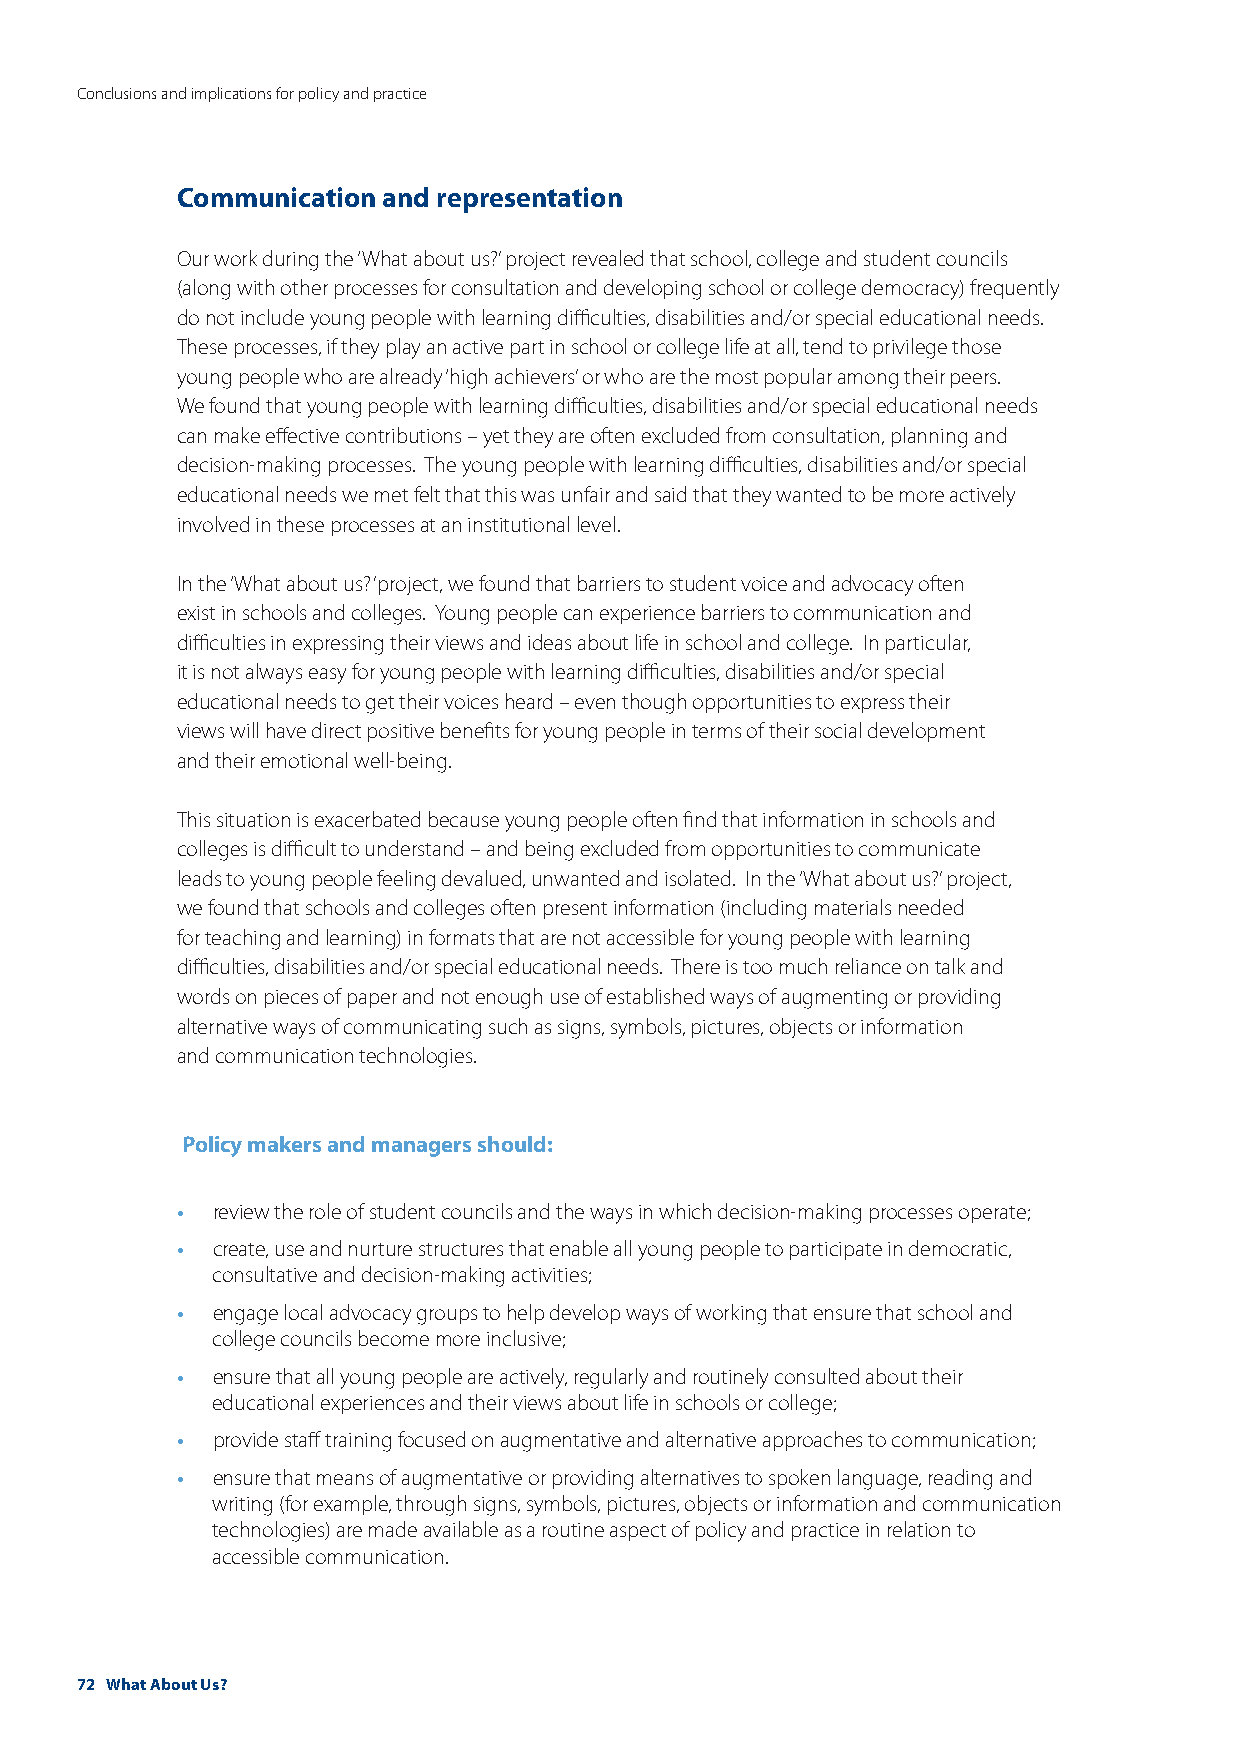
Conclusions and implications for policy and practice
 Communication and representation
 Our work during the ‘What about us?’ project revealed that school, college and student councils
 (along with other processes for consultation and developing school or college democracy) frequently
 do not include young people with learning difficulties, disabilities and/or special educational needs.
 These processes, if they play an active part in school or college life at all, tend to privilege those
 young people who are already ‘high achievers’ or who are the most popular among their peers.
 We found that young people with learning difficulties, disabilities and/or special educational needs
 can make effective contributions – yet they are often excluded from consultation, planning and
 decision-making processes. The young people with learning difficulties, disabilities and/or special
 educational needs we met felt that this was unfair and said that they wanted to be more actively
 involved in these processes at an institutional level.
 In the ‘What about us?’ project, we found that barriers to student voice and advocacy often
 exist in schools and colleges. Young people can experience barriers to communication and
 difficulties in expressing their views and ideas about life in school and college. In particular,
 it is not always easy for young people with learning difficulties, disabilities and/or special
 educational needs to get their voices heard – even though opportunities to express their
 views will have direct positive benefits for young people in terms of their social development
 and their emotional well-being.
 This situation is exacerbated because young people often find that information in schools and
 colleges is difficult to understand – and being excluded from opportunities to communicate
 leads to young people feeling devalued, unwanted and isolated. In the ‘What about us?’ project,
 we found that schools and colleges often present information (including materials needed
 for teaching and learning) in formats that are not accessible for young people with learning
 difficulties, disabilities and/or special educational needs. There is too much reliance on talk and
 words on pieces of paper and not enough use of established ways of augmenting or providing
 alternative ways of communicating such as signs, symbols, pictures, objects or information
 and communication technologies.
 Policy makers and managers should:
 •
 review the role of student councils and the ways in which decision-making processes operate;
 •
 create, use and nurture structures that enable all young people to participate in democratic,
 consultative and decision-making activities;
 •
 engage local advocacy groups to help develop ways of working that ensure that school and
 college councils become more inclusive;
 •
 ensure that all young people are actively, regularly and routinely consulted about their
 educational experiences and their views about life in schools or college;
 •
 provide staff training focused on augmentative and alternative approaches to communication;
 •
 ensure that means of augmentative or providing alternatives to spoken language, reading and
 writing (for example, through signs, symbols, pictures, objects or information and communication
 technologies) are made available as a routine aspect of policy and practice in relation to
 accessible communication.
 72 What About Us?